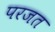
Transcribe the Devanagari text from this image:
परजत